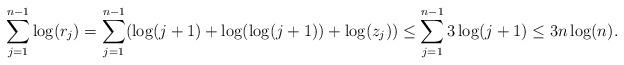
LaTeX: \begin{align*}\sum_{j=1}^{n-1} \log(r_{j})&= \sum_{j=1}^{n-1} (\log(j+1) + \log(\log(j+1)) + \log(z_{j})) \leq \sum_{j=1}^{n-1} 3\log(j+1)\leq 3n\log(n).\end{align*}